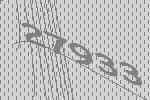
27933